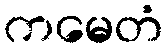
ကမေတံ